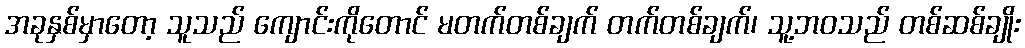
အခုနှစ်မှာတော့ သူသည် ကျောင်းကိုတောင် မတက်တစ်ချက် တက်တစ်ချက်၊ သူ့ဘဝသည် တစ်ဆစ်ချိုး